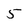
Character: 5